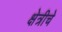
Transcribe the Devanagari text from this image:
क्षेत्रीचे